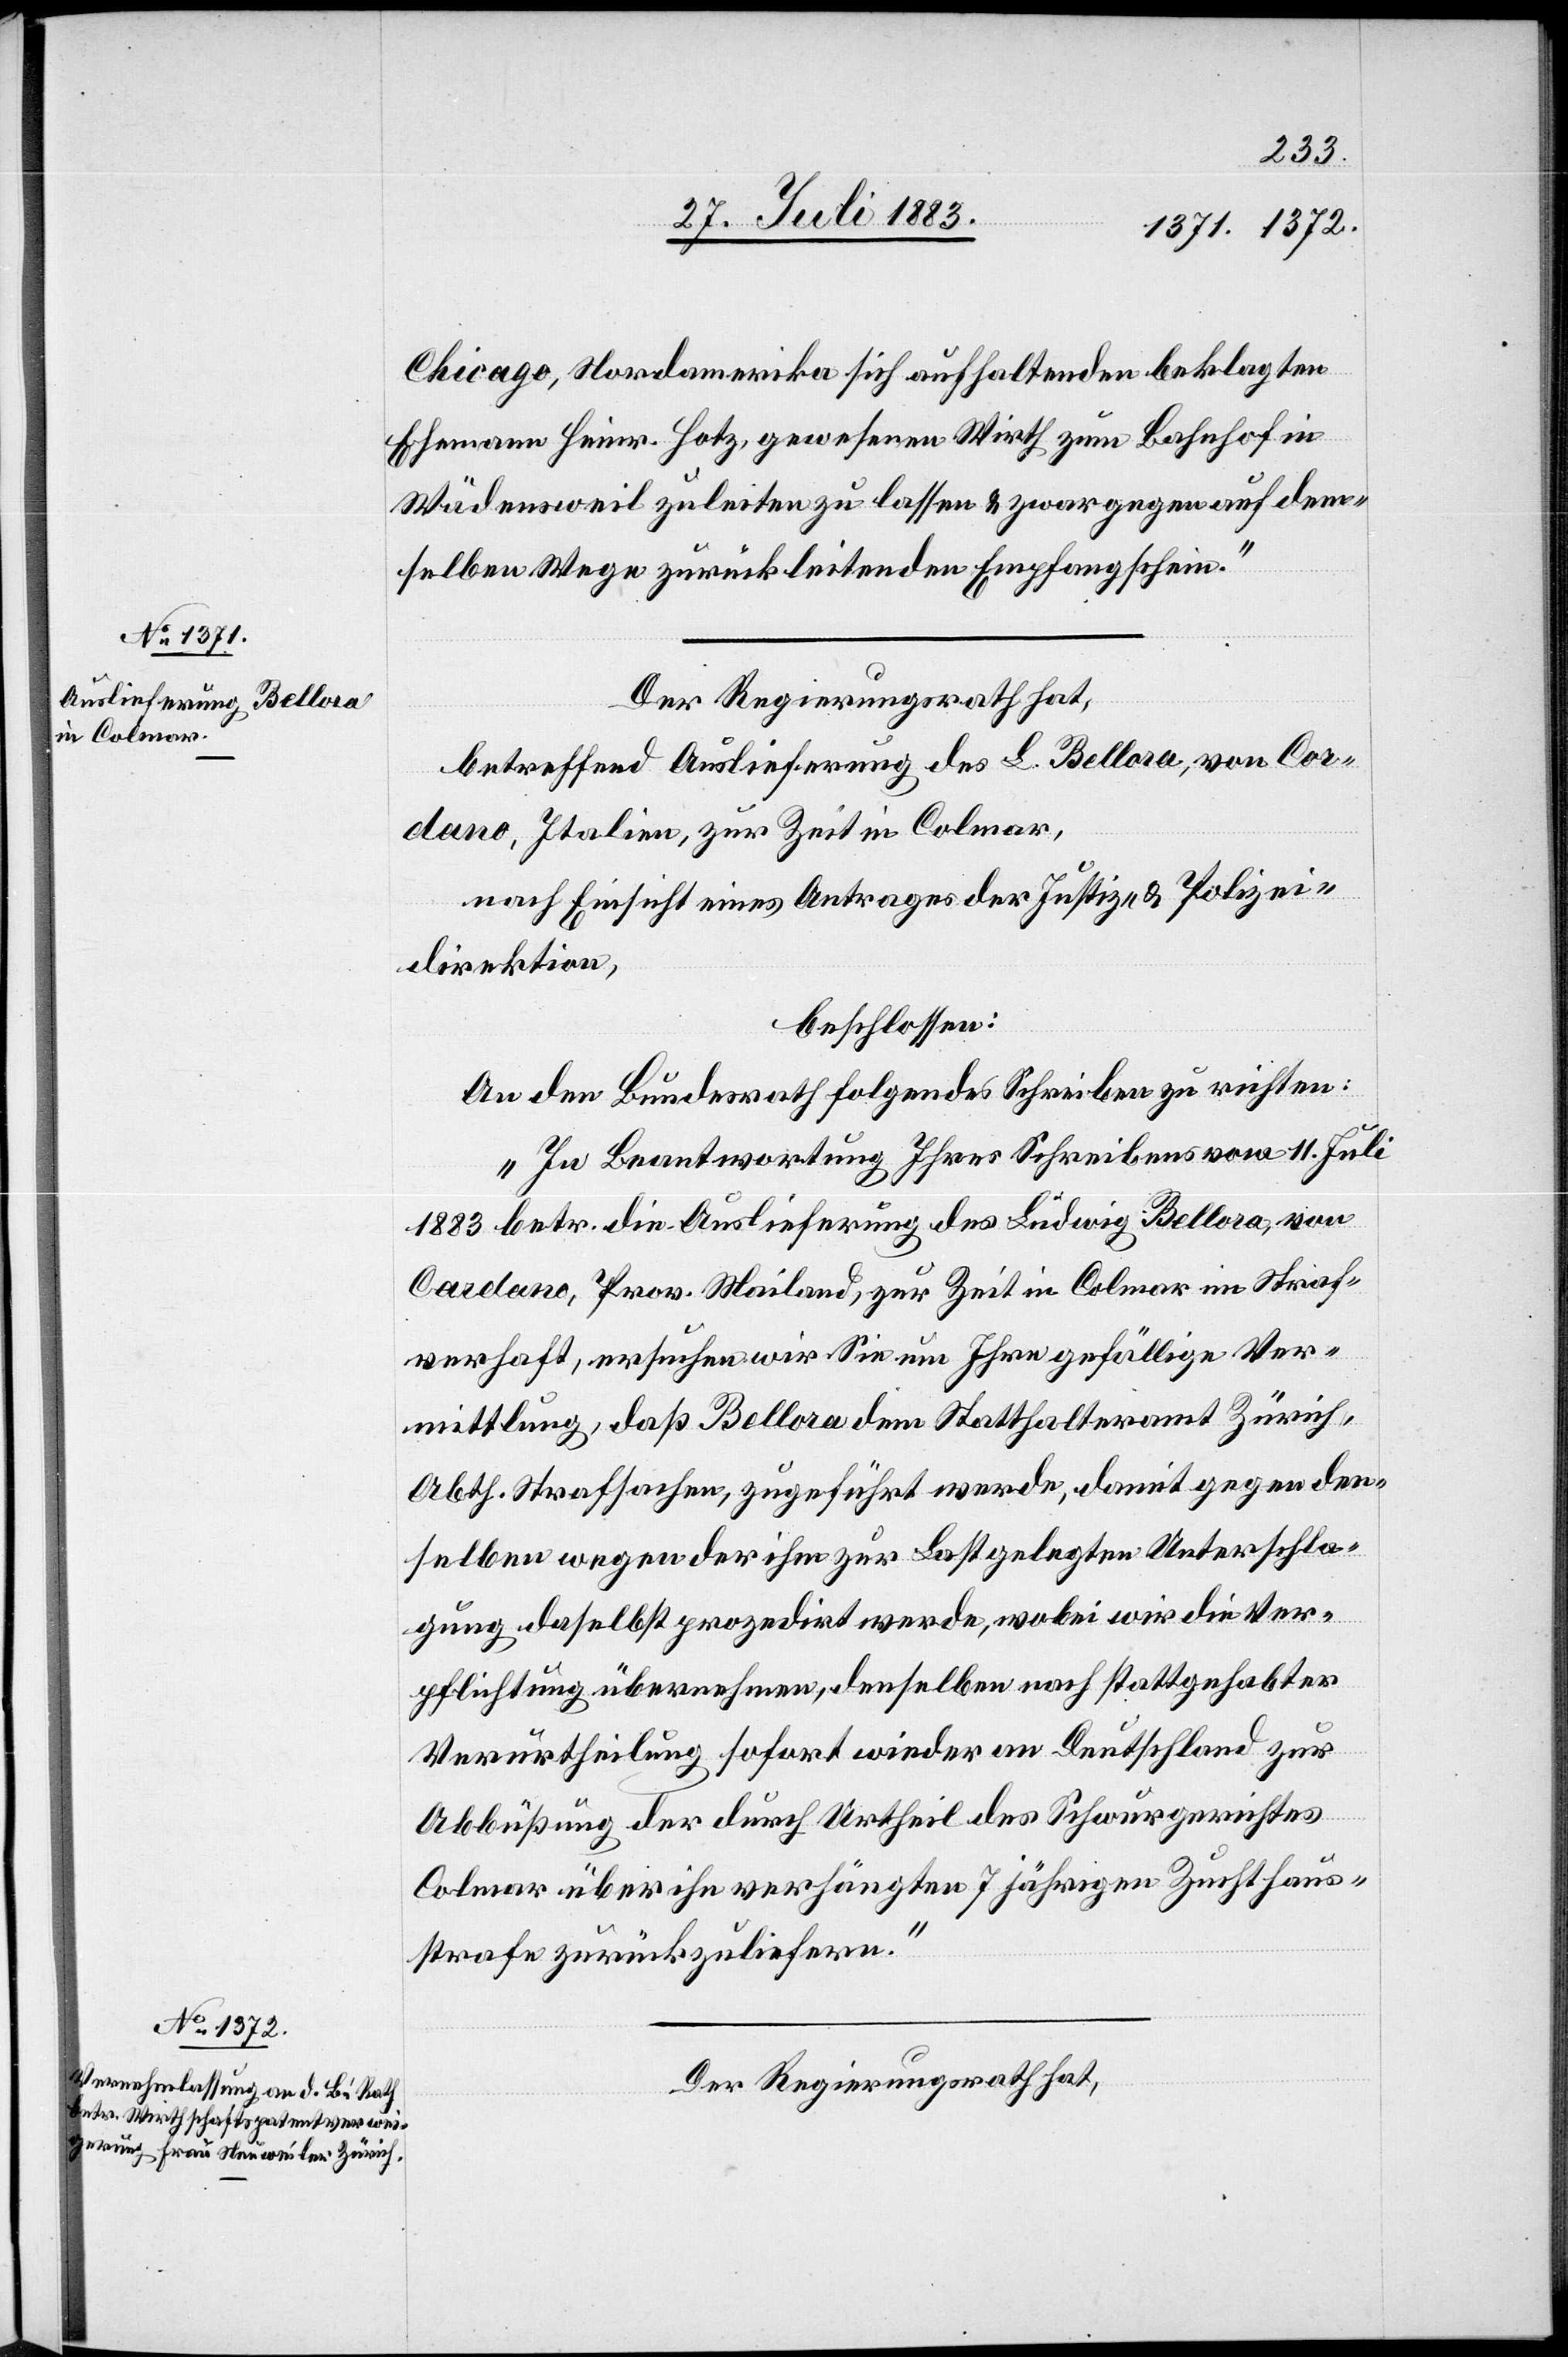
Chicago, Nordamerika sich aufhaltenden beklagten
Ehemann Heinr. Hotz, gewesener Wirth zum Bahnhof in
Wädensweil zuleiten zu lassen & zwar gegen auf dem¬
selben Wege zurück[zu]leitenden Empfangsschein.“
Der Regierungsrath hat,
betreffend Auslieferung des L. Bellora, von Cor¬
dano, Italien, zur Zeit in Colmar,
nach Einsicht eines Antrages der Justiz- & Polizei¬
direktion,
beschlossen:
An den Bundesrath folgendes Schreiben zu richten:
„In Beantwortung Ihres Schreibens vom 11. Juli
1883 betr. die Auslieferung des Ludwig Bellora, von
[sic!], Prov. Mailand, zur Zeit in Colmar im Straf¬
verhaft, ersuchen wir Sie um Ihre gefällige Ver¬
mittlung, daß Bellora dem Statthalteramt Zürich,
Abth. Strafsachen, zugeführt werde, damit gegen den¬
selben wegen der ihm zur Last gelegten Unterschla¬
gung daselbst prozedirt werde, wobei wir die Ver¬
pflichtung übernehmen, denselben nach stattgehabter
Verurtheilung sofort wieder an Deutschland zur
Abbüßung der durch Urtheil des Schwurgerichtes
Colmar über ihn verhängten 7 jährigen Zuchthaus¬
strafe zurückzuliefern.“
Der Regierungsrath hat,